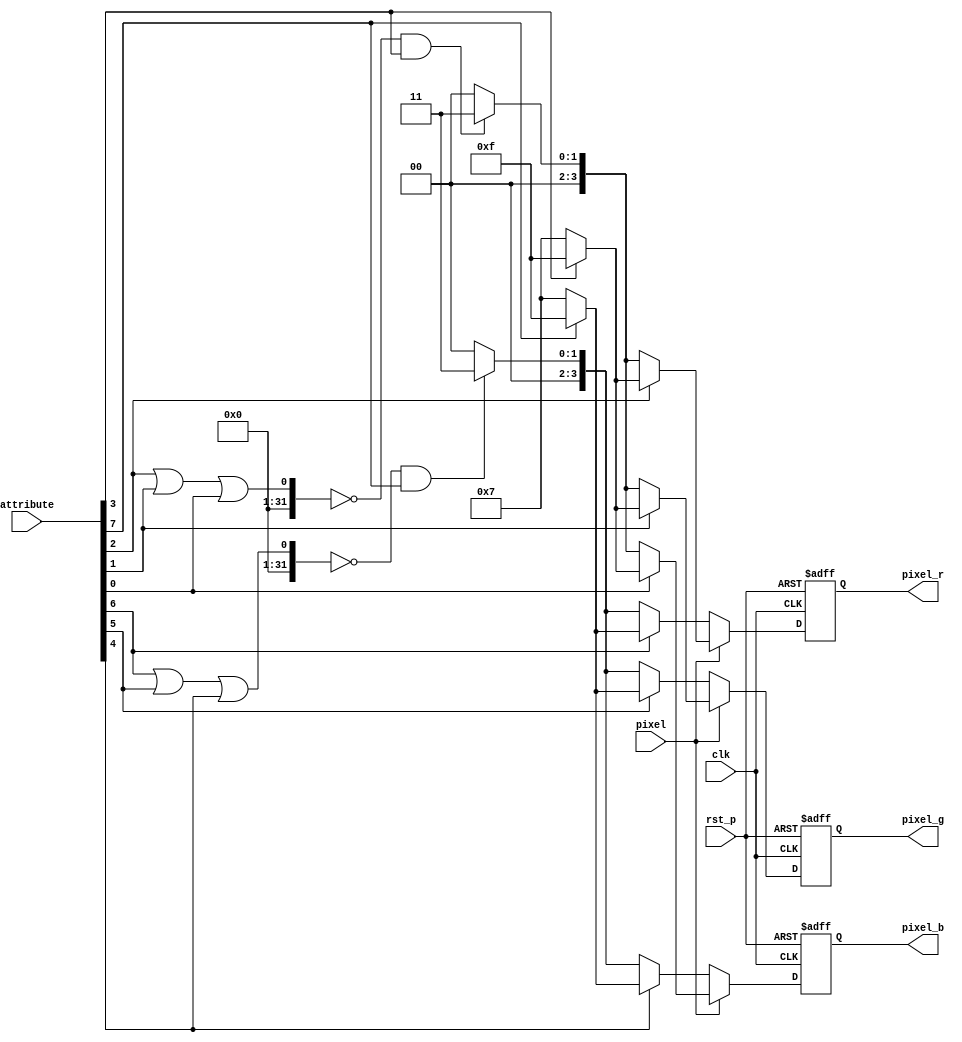
/* attributeMap.v
 *
 * The attribute map decorates the current input pixel given the EGA/VGA style
 * attribute byte and provides the result to the rest of the video pipeline
 * after 1 cycle.  Look at http://wiki.osdev.org/Text_UI for details.
 *
 *------------------------------------------------------------------------------
 *
 * Copyright 2017 Christopher Parish
 *
 * Licensed under the Apache License, Version 2.0 (the "License");
 * you may not use this file except in compliance with the License.
 * You may obtain a copy of the License at
 *
 *   http://www.apache.org/licenses/LICENSE-2.0
 *
 * Unless required by applicable law or agreed to in writing, software
 * distributed under the License is distributed on an "AS IS" BASIS,
 * WITHOUT WARRANTIES OR CONDITIONS OF ANY KIND, either express or implied.
 * See the License for the specific language governing permissions and
 * limitations under the License.
 */

module attributeMap(input clk,
               input rst_p,
               input pixel,
               input[7:0] attribute,
               output reg[3:0] pixel_r,
               output reg[3:0] pixel_g,
               output reg[3:0] pixel_b);

    task setRGB;
        input r, g, b, bright;
        begin
            //Handle "dark grey" special case
            if( (r|g|b) == 0 && bright) begin
                pixel_r <= 4'h3;
                pixel_g <= 4'h3;
                pixel_b <= 4'h3;
            end

            if(b) pixel_b <= bright ? 4'hF : 4'h7;
            if(g) pixel_g <= bright ? 4'hF : 4'h7;
            if(r) pixel_r <= bright ? 4'hF : 4'h7;
        end
    endtask

    always @(posedge clk, posedge rst_p) begin
        if(rst_p) begin
            pixel_r <= 0;
            pixel_g <= 0;
            pixel_b <= 0;
        end else begin
            pixel_r <= 0;
            pixel_g <= 0;
            pixel_b <= 0;

            if(pixel) begin //If "foreground" area
                setRGB(attribute[2],attribute[1],attribute[0],attribute[3]);
            end else begin //If background
                setRGB(attribute[6],attribute[5],attribute[4],attribute[7]);
            end
        end
    end

endmodule